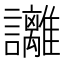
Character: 𧮛